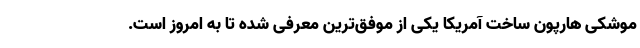
موشکی هارپون ساخت آمریکا یکی از موفق‌ترین معرفی شده تا به امروز است.